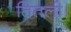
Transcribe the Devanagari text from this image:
तितली।